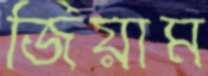
জিয়াম